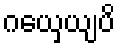
ဂယှေယျပိ